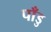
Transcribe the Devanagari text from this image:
पाँडु